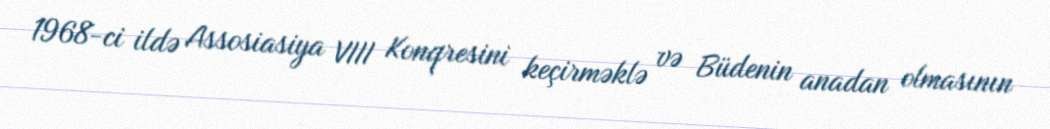
1968-ci ildə Assosiasiya VIII Konqresini keçirməklə və Büdenin anadan olmasının